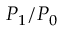
P _ { 1 } / P _ { 0 }